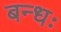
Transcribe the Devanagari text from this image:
बन्धः